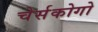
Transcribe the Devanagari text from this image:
चेर्सकोगो